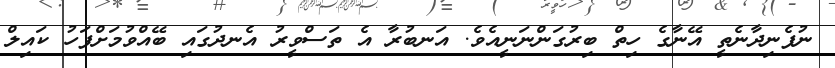
ނުފެނިދާނެތީ އޭނާގެ ހިތް ބިރުގަންނަނީއެވެ. އަނބުރާ އެ ތަސްވީރު އެނދުގައި ބޭއްވުމަށްފަހު ކައިލް